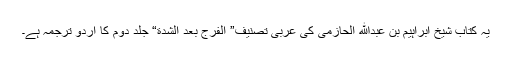
یہ کتاب شیخ ابراہیم بن عبدالله الحازمی کی عربی تصنیف” الفرج بعد الشدة“ جلد دوم کا اردو ترجمہ ہے۔